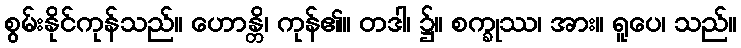
စွမ်းနိုင်ကုန်သည်။ ဟောန္တိ၊ ကုန်၏။ တဒါ၊ ၌။ စက္ခုဿ၊ အား။ ရူပေ၊ သည်။